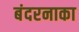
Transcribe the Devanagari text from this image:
बंदरनाका